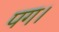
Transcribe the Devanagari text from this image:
पग।